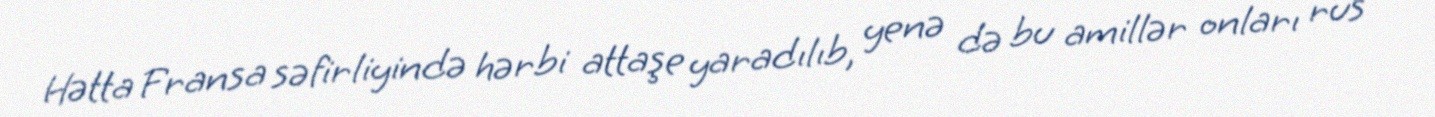
Hətta Fransa səfirliyində hərbi attaşe yaradılıb, yenə də bu amillər onları rus